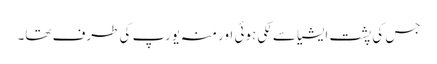
جس کی پشت ایشیا سے لگی ہوئی اور منہ یورپ کی طرف تھا۔